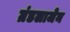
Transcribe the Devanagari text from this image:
ग्रंडलाजेन